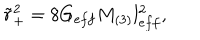
\tilde { r } _ { + } ^ { 2 } = 8 G _ { e f f } M _ { ( 3 ) } l _ { e f f } ^ { 2 } ,